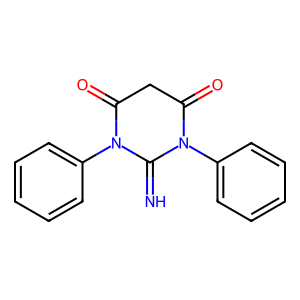
SMILES: N=C1N(c2ccccc2)C(=O)CC(=O)N1c1ccccc1
Inhibits HIV replication: No